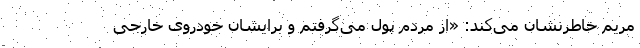
مریم خاطرنشان می‌کند: «از مردم پول می‌گرفتم و برایشان خودروی خارجی